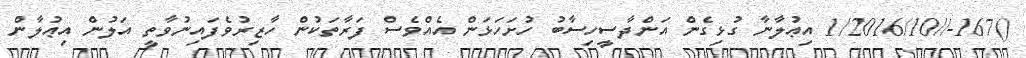
()167-//1/2016/10 އިޢުލާނާ ގުޅިގެން އަންދާސީހިސާބު ހުށަހަޅަން އެއްވެސް ފަރާތަކުން ހާޒިރުވެފައިނުވާތީ އަލުން އިޢުލާން